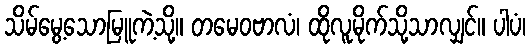
သိမ်မွေ့သောမြူကဲ့သို့။ တမေဝဗာလံ၊ ထိုလူမိုက်သို့သာလျှင်။ ပါပံ၊